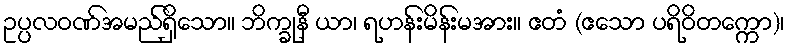
ဥပ္ပလဝဏ်အမည်ရှိသော။ ဘိက္ခုနီ ယာ၊ ရဟန်းမိန်းမအား။ ဧတံ (ဧသော ပရိဝိတက္ကော)၊